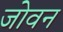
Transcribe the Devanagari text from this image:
जोवन